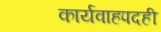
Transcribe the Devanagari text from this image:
कार्यवाहपदही